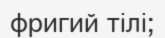
фригий тілі;